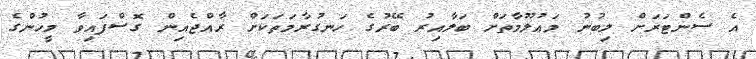
އެ ސެންޓަރަށް ލިބުނު މައުލޫމާތަށް ބަލާއިރު ބޭރުގެ ހަނގުރާމަތަކަށް ރާއްޖެއިން ގޮސްފައިވާ މީހުންގެ